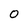
Character: 0